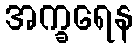
အက္ခရေန